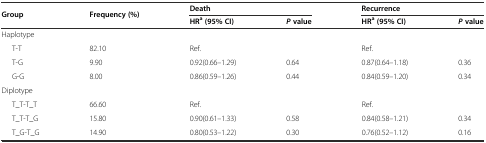
<table><thead><tr><td rowspan="2"><b>Group</b></td><td rowspan="2"><b>Frequency (%)</b></td><td colspan="2"><b>Death</b></td><td colspan="2"><b>Recurrence</b></td></tr><tr><td><b>HR<sup>a</sup>(95% CI)</b></td><td><b><i>P</i>value</b></td><td><b>HR<sup>a</sup>(95% CI)</b></td><td><b><i>P</i>value</b></td></tr></thead><tbody><tr><td>Haplotype</td><td></td><td></td><td></td><td></td><td></td></tr><tr><td>T-T</td><td>82.10</td><td>Ref.</td><td></td><td>Ref.</td><td></td></tr><tr><td>T-G</td><td>9.90</td><td>0.92(0.66–1.29)</td><td>0.64</td><td>0.87(0.64–1.18)</td><td>0.36</td></tr><tr><td>G-G</td><td>8.00</td><td>0.86(0.59–1.26)</td><td>0.44</td><td>0.84(0.59–1.20)</td><td>0.34</td></tr><tr><td>Diplotype</td><td></td><td></td><td></td><td></td><td></td></tr><tr><td>T_T-T_T</td><td>66.60</td><td>Ref.</td><td></td><td>Ref.</td><td></td></tr><tr><td>T_T-T_G</td><td>15.80</td><td>0.90(0.61–1.33)</td><td>0.58</td><td>0.84(0.58–1.21)</td><td>0.34</td></tr><tr><td>T_G-T_G</td><td>14.90</td><td>0.80(0.53–1.22)</td><td>0.30</td><td>0.76(0.52–1.12)</td><td>0.16</td></tr></tbody></table>